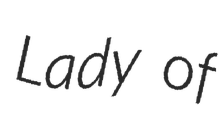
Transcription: Lady of